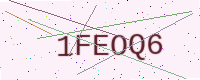
Text: 1FEOQ6